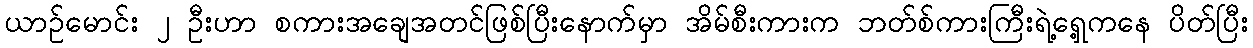
ယာဉ်မောင်း ၂ ဦးဟာ စကားအချေအတင်ဖြစ်ပြီးနောက်မှာ အိမ်စီးကားက ဘတ်စ်ကားကြီးရဲ့ရှေ့ကနေ ပိတ်ပြီး